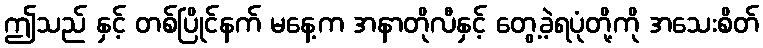
ဤသည် နှင့် တစ်ပြိုင်နက် မနေ့က အနာတိုလီနှင့် တွေ့ခဲ့ရပုံတို့ကို အသေးစိတ်